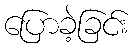
ပြောခဲ့ခြင်း